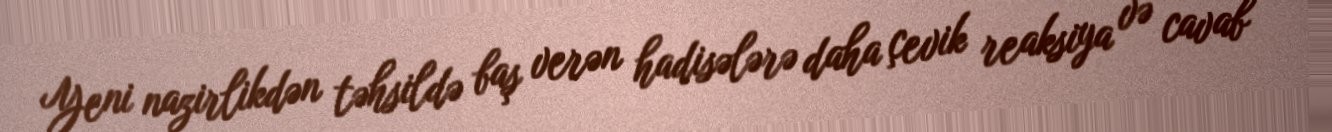
Yeni nazirlikdən təhsildə baş verən hadisələrə daha çevik reaksiya və cavab